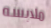
ملابسه